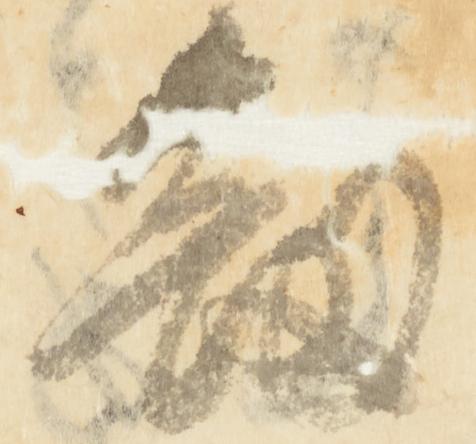
剱